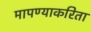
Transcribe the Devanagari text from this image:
मापण्याकरिता